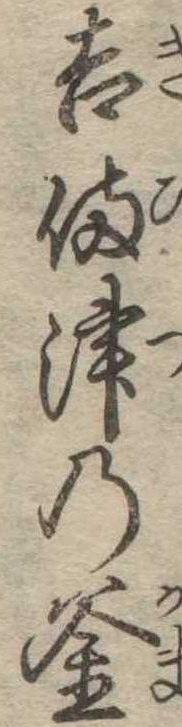
吉備津の釜